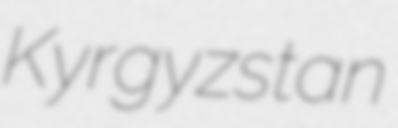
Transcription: Kyrgyzstan